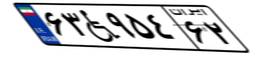
۶۳W۹۵۴۶۲